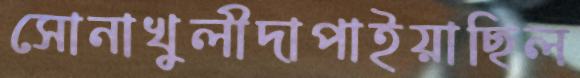
সোনাখুলীদাপাইয়াছিল